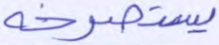
يستصرخه